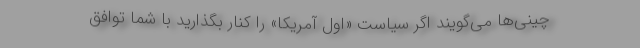
چینی‌ها می‌گویند اگر سیاست «اول آمریکا» را کنار بگذارید با شما توافق